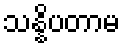
သန္နိပတာမ